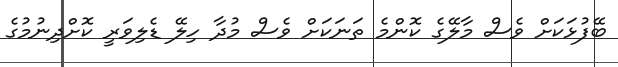
ބޭފުޅަކަށް ވެސް މާލޭގެ ކޮންމެ ތަނަކަށް ވެސް މުދާ ހިލޭ ޑެލިވަރީ ކޮށްދިނުމުގެ